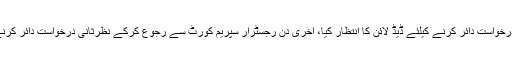
قانونی ٹیم نظرثانی درخواست دائر کرنے کیلئے ڈیڈ لائن کا انتظار کیا، آخری دن رجسٹرار سپریم کورٹ سے رجوع کرکے نظرثانی درخواست دائر کرنے کیلئے وقت مانگا۔